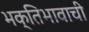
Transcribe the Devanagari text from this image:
भक्तिभावाची